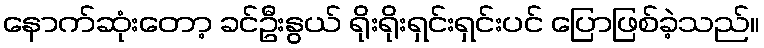
နောက်ဆုံးတော့ ခင်ဦးနွယ် ရိုးရိုးရှင်းရှင်းပင် ပြောဖြစ်ခဲ့သည်။